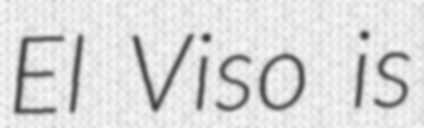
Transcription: El Viso is